Vaccination in the Punjab 1919-1929 - 1919-1929
Year: 1919
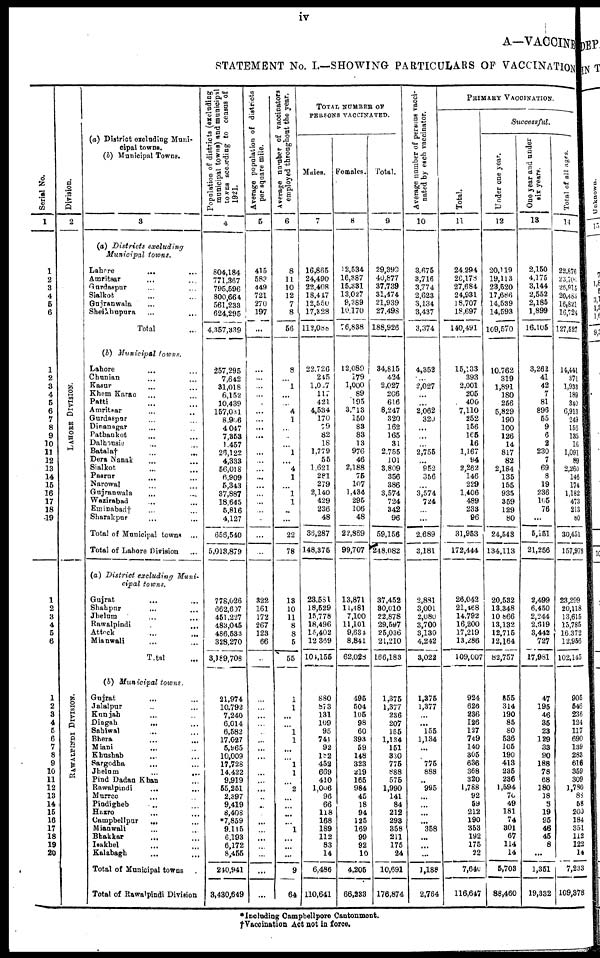
iv
A—VACCINE
STATEMENT No. I.—SHOWING PARTICULARS OF VACCINATION
Serial No.
1
1
2
3
4
5
6
1
2
3
4
5
6
7
8
9
10
11
12
13
14
16
16
17
18
19
1
2
3
4
5
6
1
2
3
4
5
6
7
8
9
10
11
12
13
14
15
16
17
18
19
20
Division.
2
LAHORE DIVISION.
RAWALPINDI DIVISION.
(a) District excluding Muni-
cipal towns.
(b) Municipal Towns.
3
(a) Districts
excluding
Municipal
towns.
Lahore
... ...
Amritsar ... ...
Gurdaspur ... ...
Sialkot ... ...
Gujranwala ... ...
Sheikhupura ... ...
Total ...
(b) Municipal
towns.
Lahore ... ...
Chunian ... ...
Kasur ... ...
Khem Karan ... ...
Patti ... ...
Amritsar ... ...
Gurdaspur ... ...
Dinanagar ... ...
Pathankot ... ...
Dalhousie ... ...
Batala† ... ...
Dera Nanak ... ...
Sialkot ... ...
Pasrur ... ...
Narowal ... ...
Gujranwala ... ...
Wazirabad ... ...
Eminabad† ... ...
Sharakpur ... ...
Total of Municipal towns ...
Total of Lahore Division ...
(a) District
excluding
Muni¬
cipal
towns.
Gujrat ... ...
Shahpur ... ...
Jhelum ... ...
Rawalpindi ... ...
Attock ... ...
Mianwali ... ...
Total ... ...
(b) Municipal
towns.
Gujrat ... ...
Jalalpur ... ...
Kunjah ... ...
Dingah
... ...
Sahiwal ... ...
Bhera ... ...
Miani ... ...
Khushab ... ...
Sargodha ... ...
Jhelum
...
...
Pind Dadan Khan ... ...
Rawalpindi ... ...
Murree ... ...
Pindigheb ... ...
Hazro ... ...
Campbellpur ... ...
Mianwali ... ...
Bhakkar
... ...
Isakhel ... ...
Kalabagh ... ...
Total of Municipal towns
Total of Rawalpindi Division
Population of districts (excluding
municipal towns) and municipal
towns according to census of
1921.
4
804,184
771,367
795,596
800,664
561,233
624,295
4,357,339
257,295
7,642
31,018
6,152
10,439
157,031
8,906
4,047
7,353
1,457
26,122
4,333
56,018
6,909
5,343
37,887
18,645
5,816
4,127
656,540
5,013,879
778,026
662,607
451,227
483,045
486,533
328,270
3,189,708
21,974
10,792
7,240
6,014
6,582
17,027
5,965
10,009
17,728
14,422
9,919
55,251
2,397
9,419
8,408
*7,859
9,115
6,193
6,172
8,455
240,941
3,430,649
Average population of districts
per square mile.
5
415
583
449
721
270
197
...
...
...
...
...
...
...
...
...
...
...
...
...
...
...
...
...
...
...
...
...
322
161
172
267
123
66
...
...
...
...
...
...
...
...
...
...
...
...
...
...
...
...
...
...
...
...
...
...
...
Average number of vaccinators
employed throughout the year.
6
8
11
10
12
7
8
56
8
...
1
...
...
4
1
...
...
...
1
...
4
1
...
1
1
...
...
22
78
13
10
11
8
8
5
55
1
1
...
...
1
1
...
...
1
1
...
2
...
...
...
...
1
...
...
...
9
64
TOTAL NUMBER OF
PERSONS VACCINATED.
Males.
7
16,865
24,490
22,408
18,447
12,550
17,323
112,088
22,726
245
1,027
117
421
4,534
170
79 82
18
1,779
55
1,621
281
279
2,140
429
236
48
36,287
148,375
23,581
18,529
15,778
18,496
15,402
12,369
104,155
880
873
131
109
95
741
92
182
452
669
410
1,006
96
66
118
168
189
112
83
14
6,486
110,641
Females.
8
12,534
16,387
15,331
13,027
9,389
10,170
76,838
12,089
179
1,000
89
195
3,713
150
83
83
13
976
46
2,188
75
107
1,434
295
106
48
22,869
99,707
13,871
11,481
7,100
11,101
9,684
8,841
62,028
495
504
105
98
60
393
59
148
323
219
165
984
45
18
94
125
169
99
92
10
4,205
66,233
Total.
9
29,399
40,877
37,739
31,474
21,939
27,498
188,926
34,815
424
2,027
206
616
8,247
320
162
165
31
2,755
101
3,809
356
386
3,574
724
342
96
59,156
248,082
37,452
30,010
22,87S
29,597
25,036
21,210
166,183
1,375
1,377
236
207
155
1,134
151
330
775
888
575
1,990
141
84
212
293
358
211
175
24
10,691
176,874
Average number of persons vacci-
nated by each vaccinator.
10
3,675
3,716
3,774
2,623
3,134
3,437
3,374
4,352
...
2,027
...
...
2,062
320
...
...
...
2,755
...
952
356
3,574
724
...
...
2,689
3,181
2,881
3,001
2,080
3,700
3,130
4,242
3,022
1,375
1,377
...
...
155
1,134
...
...
775
888
...
995
...
...
...
...
358
...
...
...
1,188
2,764
PRIMARY VACCINATION.
Total.
11
24,294
26,178
27,684
24,931
18,707
18,697
140,491
15,133
393
2,001
205
400
7,110
252
156
165 16
1,167
94
2,262
146
229
1,406
489
233
96
31,953
172,444
26,042
21,468
14,792
16,200
17,219
13,286
109,007
924
626
236
126
127
749
140
305
636
368
320
1,788
92
59
212
190
353
192
175
22
7,640
116,647
Successful.
Under one year.
12
20,119
19,113
23,520
17,686
14,539
14,593
109,570
10,762
319
1,891
180
256
5,829
190
100
126
14
817
82
2,184
135
155
935
359
129
80
24,543
134,113
20,532
13,348
10 866
13,132
12,715
12,164
82,757
855
314
190
85
80
536
105
190
413
235
236
1,594
70
49
181
74
301
67
114
14
6,703
88,460
One year and under
six years.
13
2,150
4,175
3,144
2,552
2,185
1,899
16,105
3,262
41
42
7
81
896
55
9
6
2
230
7
69
8
19
236
105
76
...
5,151
21,256
2,499
6,450
2,244
2,619
3,442
727
17,981
47
195
46
35
23
129
33
90
188
78
68
180
18
3
19
95
46
45
8
...
1,351
19,332
Total of all ages.
14
22,876
23,706
26,915
20,485
16,821
16,724
127,527
14,441
371
1,933
189
340
6,913
249
156
135
16
1,091
89
2,260
146
174
1,182
473
213
80
30,451
157,978
23,299
20,118
13,615
15,785
16,372
12,956
102,145
905
546
236
124
117
690
139
283
616
359
309
1,730
88
58
200
184
351
112
122
14
7,233
109,378
*Including Campbellpore Cantonment.
† Vaccination Act not in force.